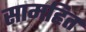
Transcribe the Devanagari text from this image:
सामहित